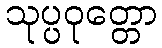
သုပ္ပဝုတ္တော